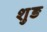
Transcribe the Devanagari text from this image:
शुङ